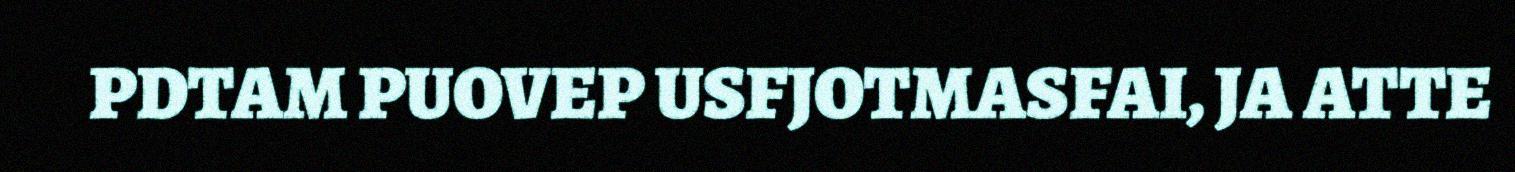
PDTAM PUOVEP USFJOTMASFAI, JA ATTE